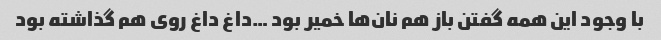
با وجود این همه گفتن باز هم نان‌ها خمیر بود …داغ داغ روی هم گذاشته بود